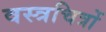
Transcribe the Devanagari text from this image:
वस्त्रचित्रों